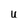
Character: u